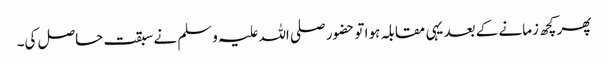
پھر کچھ زمانے کے بعد یہی مقابلہ ہوا تو حضور صلی اللہ علیہ وسلم نے سبقت حاصل کی۔